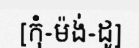
[កុំ-ម៉ង់-ដូ]